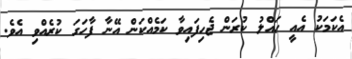
އެކަމަކު އެއީ ހައްލު ކުރަން ޖެހިފައިވާ ކަމެއްކަން އޭނާ ފާހަގަ ކުރެއްވި އެވެ.